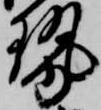
勢